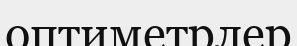
оптиметрлер